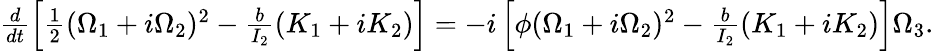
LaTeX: \begin{array}{r}{\frac{d}{dt}\left[\frac 12(\Omega_{1}+i\Omega_{2})^{2}-\frac{b}{I_{2}}(K_{1}+iK_{2})\right]=-i\left[\phi(\Omega_{1}+i\Omega_{2})^{2}-\frac{b}{I_{2}}(K_{1}+iK_{2})\right]\Omega_{3}.}\end{array}